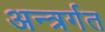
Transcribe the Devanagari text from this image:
अन्त्रर्गत